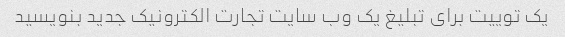
یک توییت برای تبلیغ یک وب سایت تجارت الکترونیک جدید بنویسید